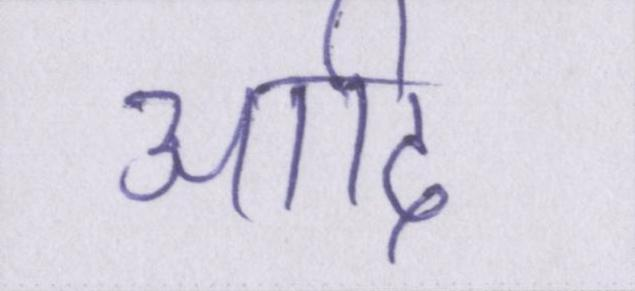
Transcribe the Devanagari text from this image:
आदि